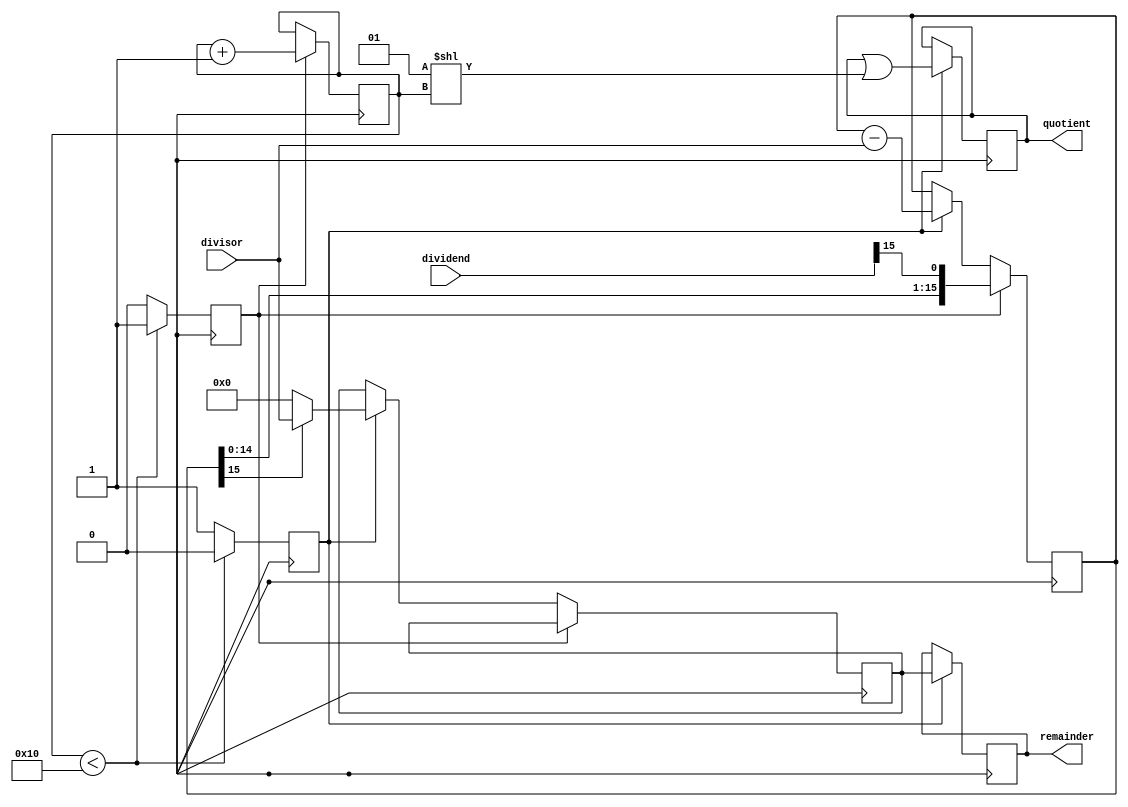
module shift_and_subtract_divider(
    input wire signed [15:0] dividend,
    input wire signed [15:0] divisor,
    output reg signed [15:0] quotient,
    output reg signed [15:0] remainder
);

reg signed [15:0] shift_register;
reg signed [15:0] subtraction_value;

reg [3:0] shift_count;
reg shift_operation;
reg subtraction_operation;

always @(posedge clk) begin
    if (shift_operation) begin
        shift_register <= {shift_register[14:0], dividend[15]};
        shift_count <= shift_count + 1;
    end else if (subtraction_operation) begin
        shift_register <= shift_register - divisor;
        subtraction_value <= shift_register[15] ? divisor : 0;
    end
end

always @(posedge clk) begin
    if (shift_count < 16) begin
        shift_operation <= 1;
        subtraction_operation <= 0;
    end else begin
        shift_operation <= 0;
        subtraction_operation <= 1;
    end
end

always @(posedge clk) begin
    if (subtraction_operation) begin
        quotient <= quotient | (1 << shift_count);
        remainder <= subtraction_value;
    end
end

endmodule